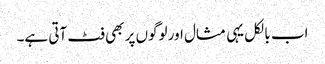
اب بالکل یہی مثال اور لوگوں پر بھی فٹ آتی ہے۔